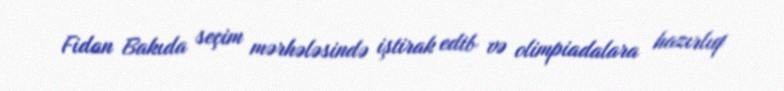
Fidan Bakıda seçim mərhələsində iştirak edib və olimpiadalara hazırlıq